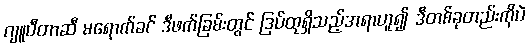
ဂျူပီတာဆီ မရောက်ခင် ဒီဖက်ခြမ်းတွင် ဒြပ်ထုရှိသည့်အရာဟူ၍ ဒီတစ်ခုတည်းကိုပဲ